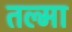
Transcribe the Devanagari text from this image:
तल्मा